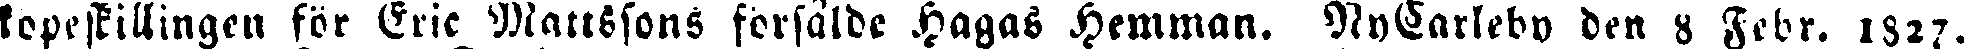
köpeskillingen för Eric Mattssons försålde Hagas Hemman. NyCarleby den 8 Febr. 1827.